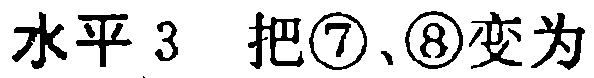
水平 3  把\textcircled{7}、\textcircled{8}变为